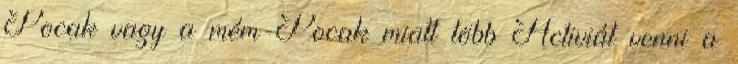
Pocak vagy a mém-Pocak miatt több Activiát venni a